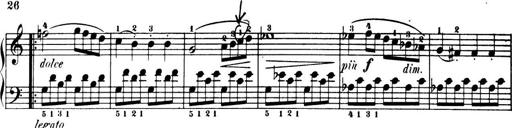
Title: 32 Sonatinas and Rondos for the Piano
Composer: Richard Kleinmichel